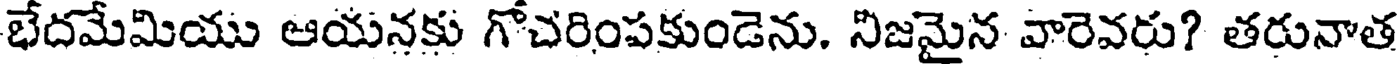
భేదమేమియు ఆయనకు గోచరింపకుండెను. నిజమైన వారెవరు? తరునాత